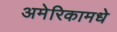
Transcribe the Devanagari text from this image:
अमेरिकामधे